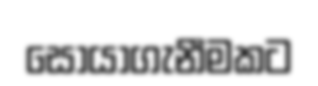
සොයාගැනීමකට